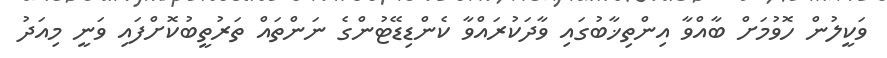
ވަކީލުން ހޮވުމަށް ބާއްވާ އިންތިޚާބުގައި ވާދަކުރައްވާ ކެންޑިޑޭޓުންގެ ނަންތައް ތަރުތީބުކޮށްފައި ވަނީ މިއަދު